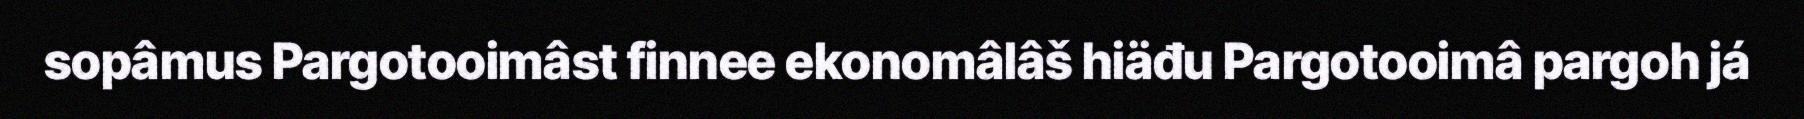
sopâmus Pargotooimâst finnee ekonomâlâš hiäđu Pargotooimâ pargoh já